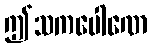
ဤသကပေါဏေ